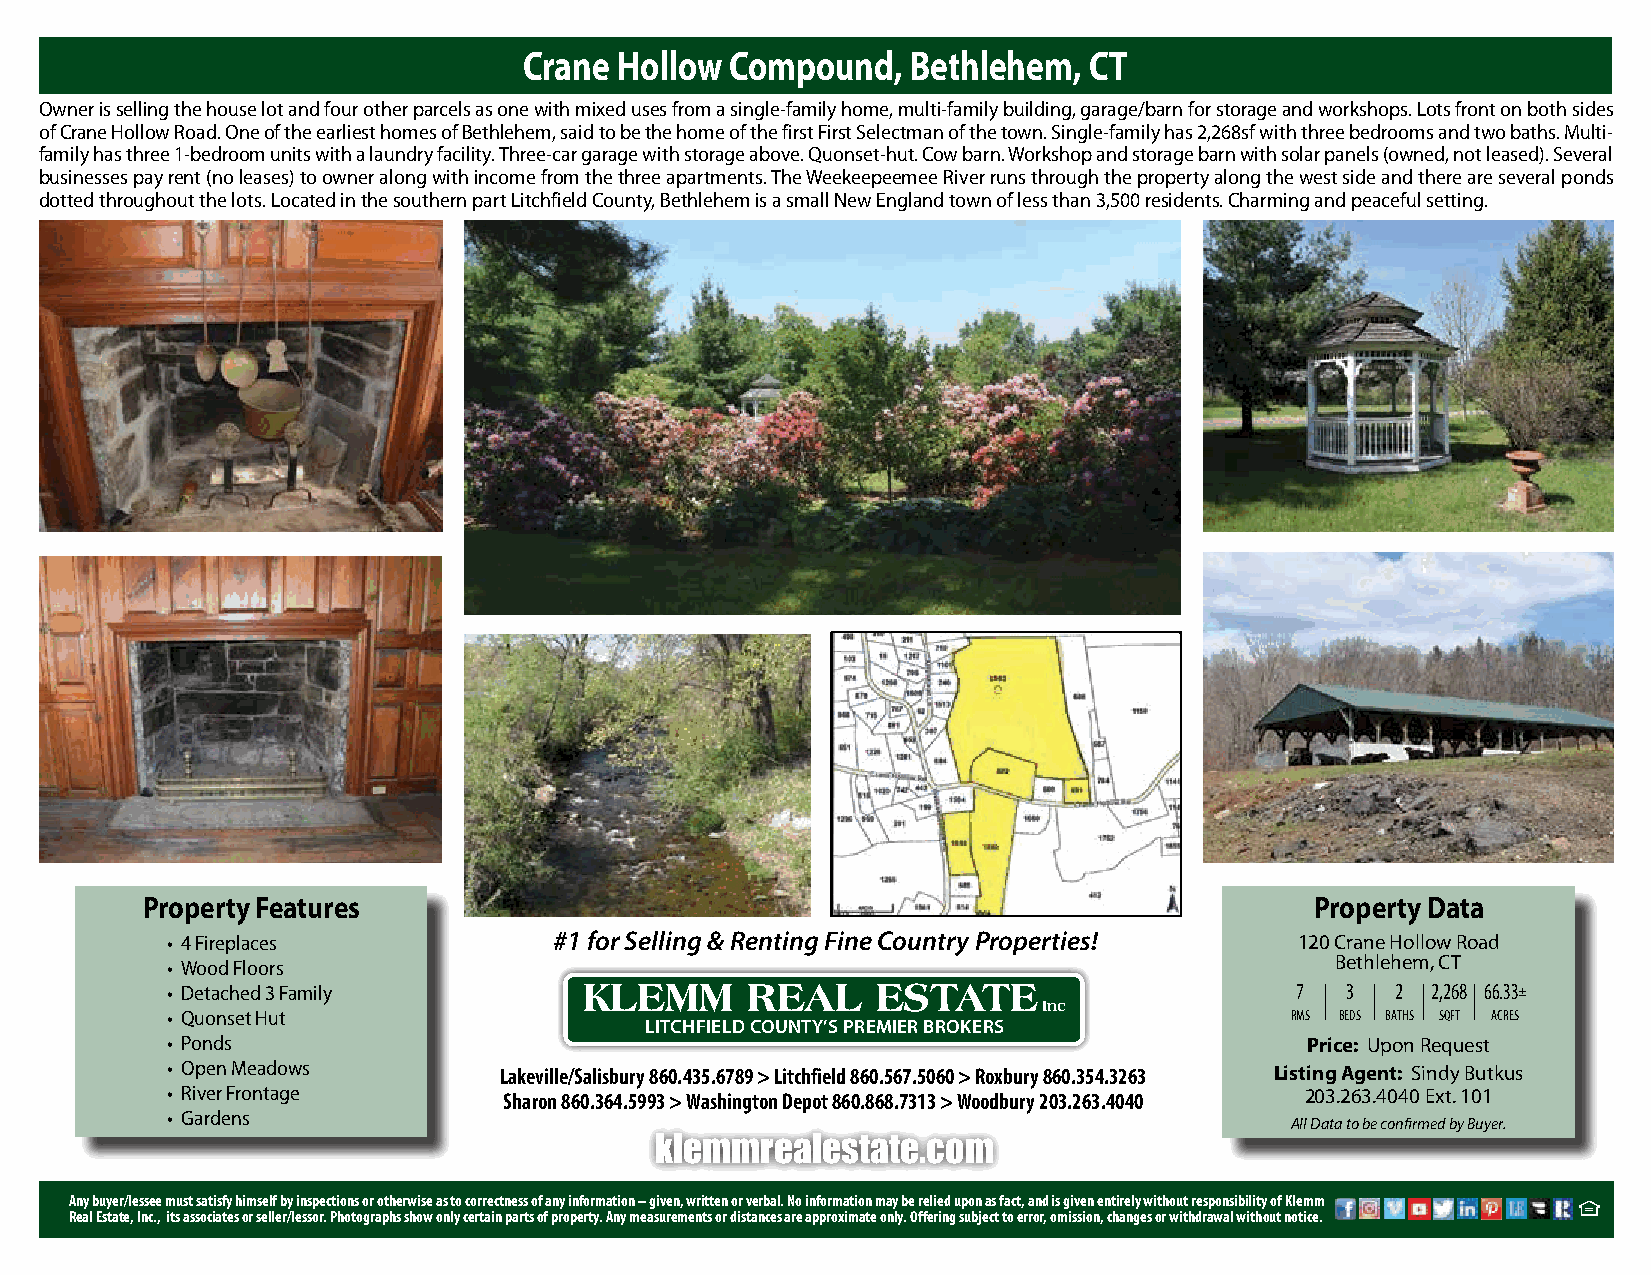
Crane Hollow Compound,   Bethlehem,  CT
 Owner is selling the house lot and four other parcels as one with mixed uses from a single-family home, multi-family building, garage/barn for storage and workshops. Lots front on both sides
 of Crane Hollow Road. One of the earliest homes of Bethlehem, said to be the home of the first First Selectman of the town. Single-family has 2,268sf with three bedrooms and two baths. Multi-
 family has three 1-bedroom units with a laundry facility. Three-car garage with storage above. Quonset-hut. Cow barn. Workshop and storage barn with solar panels (owned, not leased). Several
 businesses pay rent (no leases) to owner along with income from the three apartments. The Weekeepeemee River runs through the property along the west side and there are several ponds
 dotted throughout the lots. Located in the southern part Litchfield County, Bethlehem is a small New England town of less than 3,500 residents. Charming and peaceful setting.
 Property Features                                                             Property Data
 • 4 Fireplaces            #1 for Selling & Renting Fine Country Properties! 120 Crane Hollow Road
 • Wood Floors                                                                Bethlehem, CT
 • Detached 3 Family         KLEMM     REAL     ESTATE                      7  3  2  2,268 66.33±
 Inc
 • Quonset Hut                                                             RMS BEDS BATHS SQFT ACRES
 LITCHFIELD COUNTY’S PREMIER BROKERS
 • Ponds                                                                    Price: Upon Request
 • Open Meadows        Lakeville/Salisbury 860.435.6789 > Litchfield 860.567.5060 > Roxbury 860.354.3263 Listing Agent: Sindy Butkus
 • River Frontage      Sharon 860.364.5993 > Washington Depot 860.868.7313 > Woodbury 203.263.4040 203.263.4040 Ext. 101
 • Gardens
 All Data to be confirmed by Buyer.
 klemmrealestate.com
 Any buyer/lessee must satisfy himself by inspections or otherwise as to correctness of any information – given, written or verbal. No information may be relied upon as fact, and is given entirely without responsibility of Klemm
 Real Estate, Inc., its associates or seller/lessor. Photographs show only certain parts of property. Any measurements or distances are approximate only. Offering subject to error, omission, changes or withdrawal without notice.